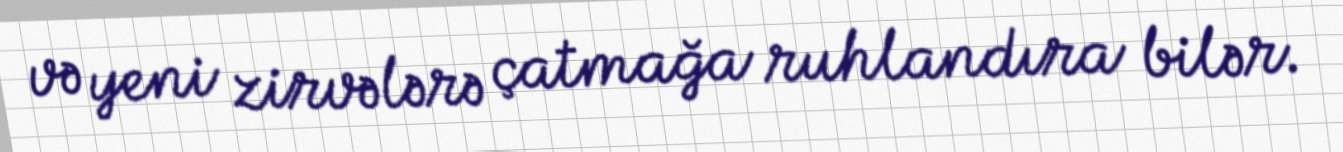
və yeni zirvələrə çatmağa ruhlandıra bilər.